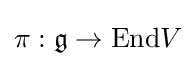
\pi :{\mathfrak {g}}\to {\text{End}}V